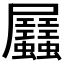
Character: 𧖉